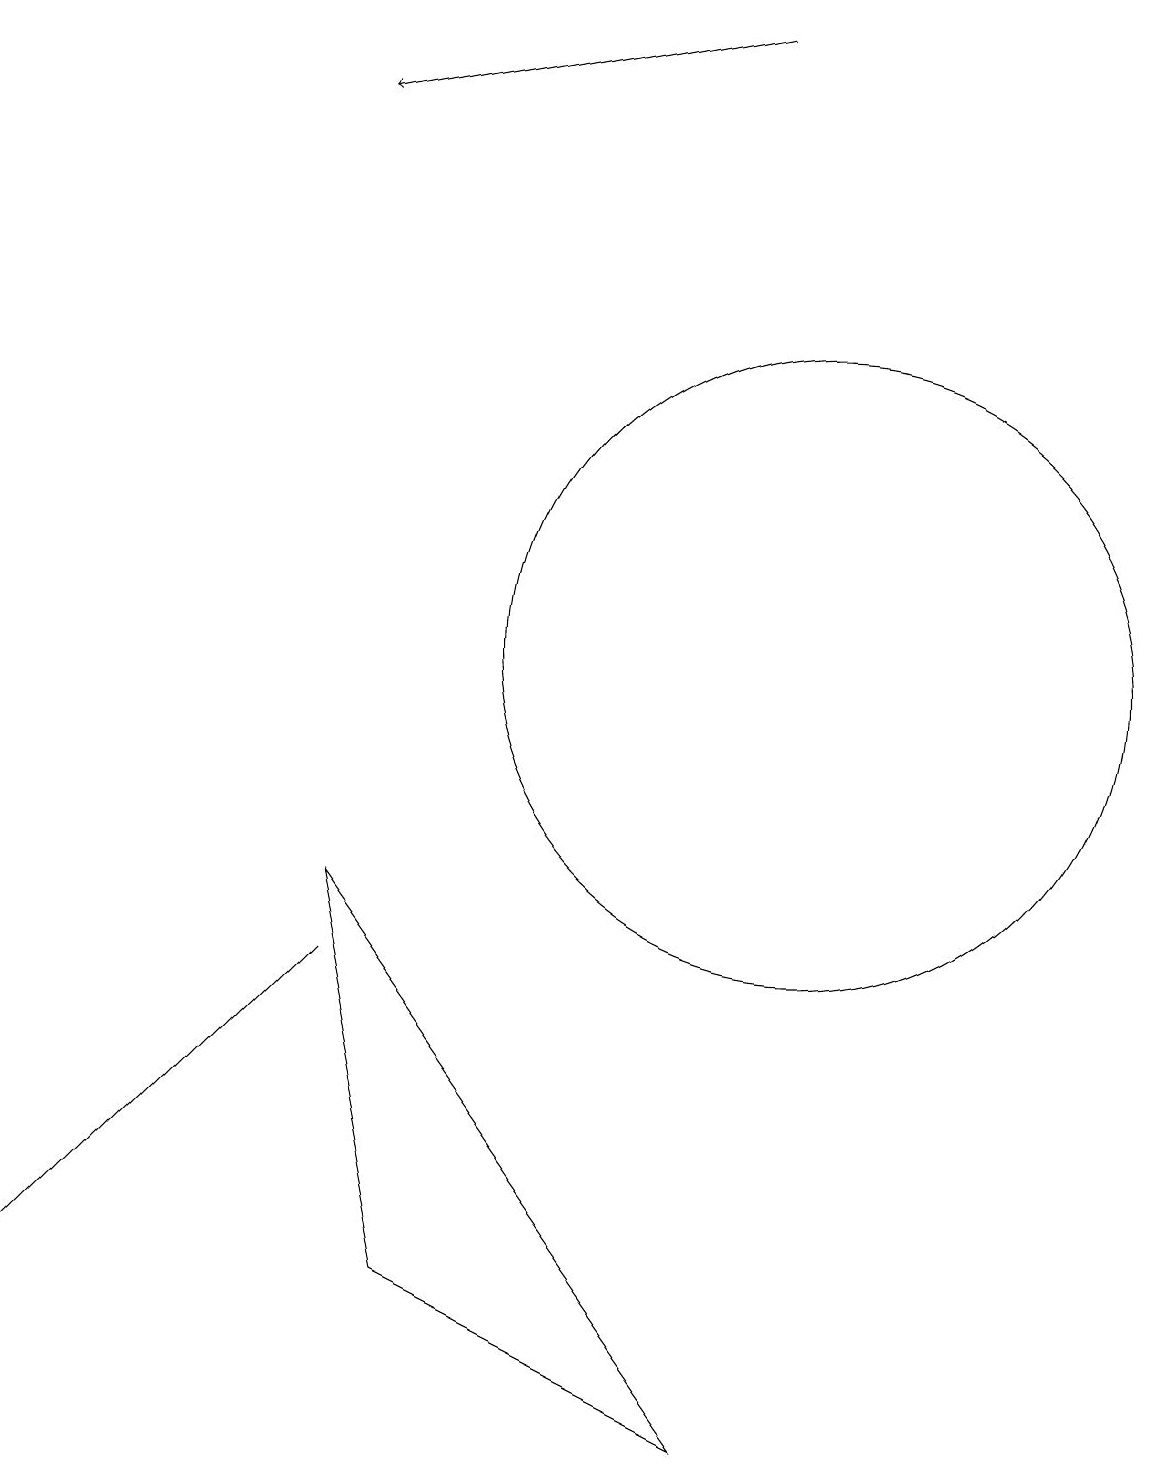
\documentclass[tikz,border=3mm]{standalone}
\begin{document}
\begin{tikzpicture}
\draw (4,7) -- (3,6) -- (0,3) -- cycle;
\draw (9,1) -- (4,8) -- (5,3) -- cycle;
\draw (10,11) circle (4);
\draw[->] (9,19) -- (4,18);
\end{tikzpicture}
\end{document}